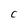
Character: c